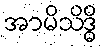
အာမိသိဒ္ဓိ